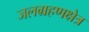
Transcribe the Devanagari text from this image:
जलग्रहणक्षेत्र